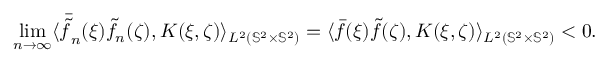
\underset { n \rightarrow \infty } { \operatorname* { l i m } } \langle \bar { \tilde { f } } _ { n } ( \xi ) \tilde { f } _ { n } ( \zeta ) , K ( \xi , \zeta ) \rangle _ { L ^ { 2 } ( { \mathbb { S } ^ { 2 } } \times { \mathbb { S } ^ { 2 } } ) } = \langle \bar { f } ( \xi ) \tilde { f } ( \zeta ) , K ( \xi , \zeta ) \rangle _ { L ^ { 2 } ( { \mathbb { S } ^ { 2 } } \times { \mathbb { S } ^ { 2 } } ) } < 0 .